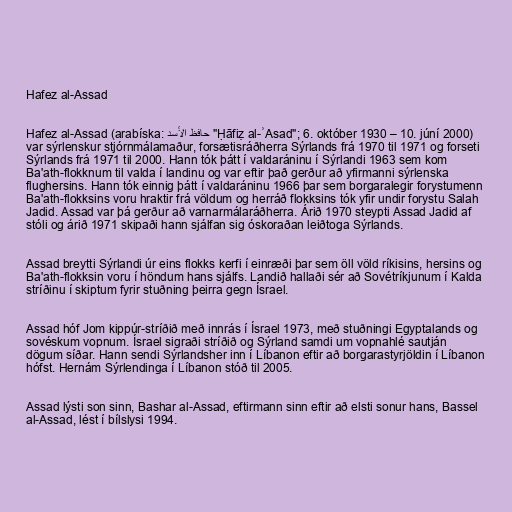
Hafez al-Assad

Hafez al-Assad (arabíska: حافظ الأسد‎ "Ḥāfiẓ al-ʾAsad"; 6. október 1930 – 10. júní 2000)
var sýrlenskur stjórnmálamaður, forsætisráðherra Sýrlands frá 1970 til 1971 og forseti
Sýrlands frá 1971 til 2000. Hann tók þátt í valdaráninu í Sýrlandi 1963 sem kom
Ba'ath-flokknum til valda í landinu og var eftir það gerður að yfirmanni sýrlenska
flughersins. Hann tók einnig þátt í valdaráninu 1966 þar sem borgaralegir forystumenn
Ba'ath-flokksins voru hraktir frá völdum og herráð flokksins tók yfir undir forystu Salah
Jadid. Assad var þá gerður að varnarmálaráðherra. Árið 1970 steypti Assad Jadid af
stóli og árið 1971 skipaði hann sjálfan sig óskoraðan leiðtoga Sýrlands.

Assad breytti Sýrlandi úr eins flokks kerfi í einræði þar sem öll völd ríkisins, hersins og
Ba'ath-flokksin voru í höndum hans sjálfs. Landið hallaði sér að Sovétríkjunum í Kalda
stríðinu í skiptum fyrir stuðning þeirra gegn Ísrael.

Assad hóf Jom kippúr-stríðið með innrás í Ísrael 1973, með stuðningi Egyptalands og
sovéskum vopnum. Ísrael sigraði stríðið og Sýrland samdi um vopnahlé sautján
dögum síðar. Hann sendi Sýrlandsher inn í Líbanon eftir að borgarastyrjöldin í Líbanon
hófst. Hernám Sýrlendinga í Líbanon stóð til 2005.

Assad lýsti son sinn, Bashar al-Assad, eftirmann sinn eftir að elsti sonur hans, Bassel
al-Assad, lést í bílslysi 1994.